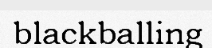
blackballing